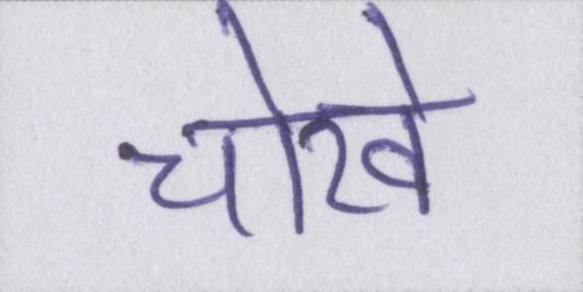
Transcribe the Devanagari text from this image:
चोखे